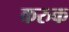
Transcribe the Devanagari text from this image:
करुक